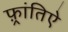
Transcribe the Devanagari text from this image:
फ़्रांतिऐ